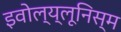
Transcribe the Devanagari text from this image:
इवोल्य्लूनिस्म